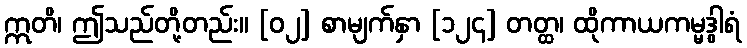
ဣတိ၊ ဤသည်တို့တည်း။ [၀၂] စာမျက်နှာ [၁၂၄] တတ္ထ၊ ထိုကာယကမ္မဒွါရံ